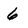
Character: 6